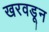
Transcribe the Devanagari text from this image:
खरवडून